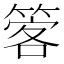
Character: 𥰋